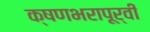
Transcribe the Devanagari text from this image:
क्षणभरापूर्वी